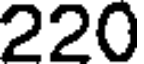
220